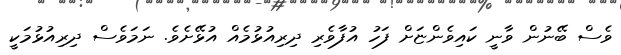
ވެސް ބޭނުން ވާނީ ކައިވެންޏަށް ފަހު އުފާވެރި ދިރިއުޅުމެއް އުޅޭށެވެ. ނަމަވެސް ދިރިއުޅުމަކީ